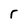
Character: r